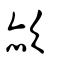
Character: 赥